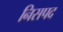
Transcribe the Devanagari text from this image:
निसपद